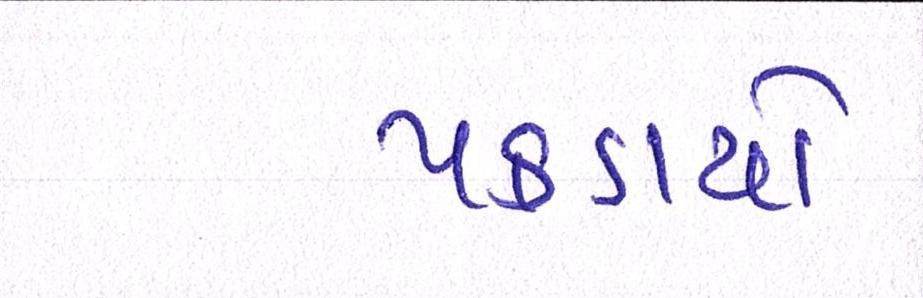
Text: પકડાયો